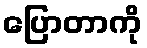
ပြောတာကို